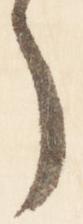
了